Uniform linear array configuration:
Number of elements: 16
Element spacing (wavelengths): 0.5
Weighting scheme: hamming
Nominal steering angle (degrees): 15
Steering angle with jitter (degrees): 15.922
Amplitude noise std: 0.05
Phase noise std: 0.05

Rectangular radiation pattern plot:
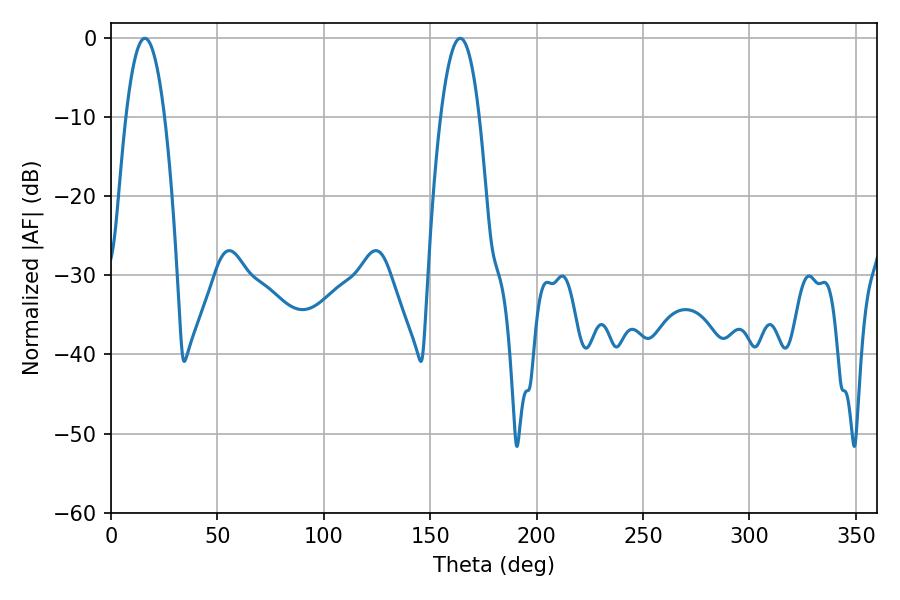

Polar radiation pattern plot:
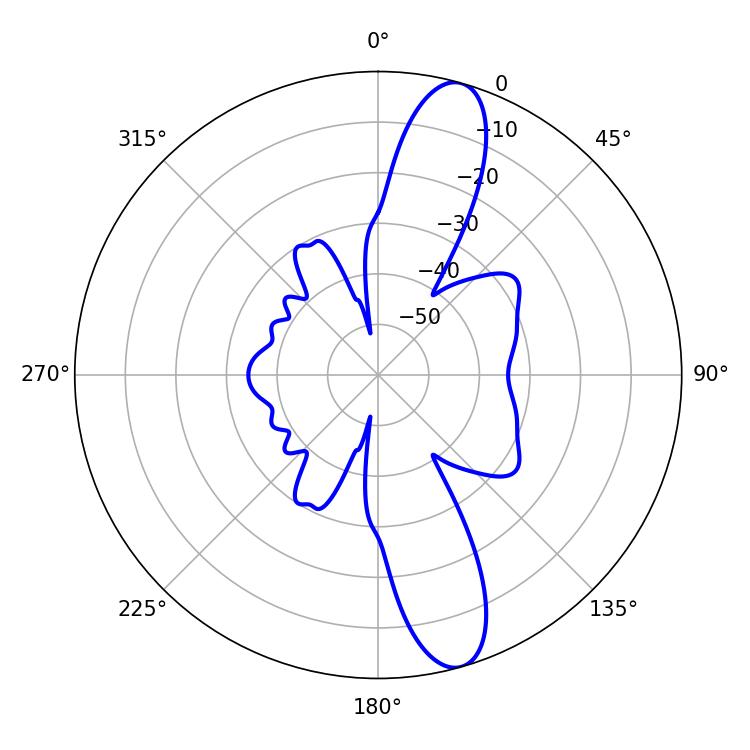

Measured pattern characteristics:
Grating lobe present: FALSE
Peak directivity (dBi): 12.839
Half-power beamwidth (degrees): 10.08
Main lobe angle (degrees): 15.84